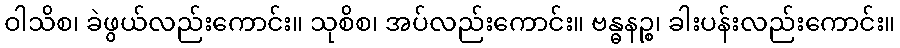
ဝါသိစ၊ ခဲဖွယ်လည်းကောင်း။ သုစိစ၊ အပ်လည်းကောင်း။ ဗန္ဓနဉ္စ၊ ခါးပန်းလည်းကောင်း။